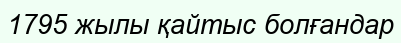
1795 жылы қайтыс болғандар